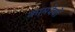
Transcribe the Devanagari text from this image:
कामदेवों